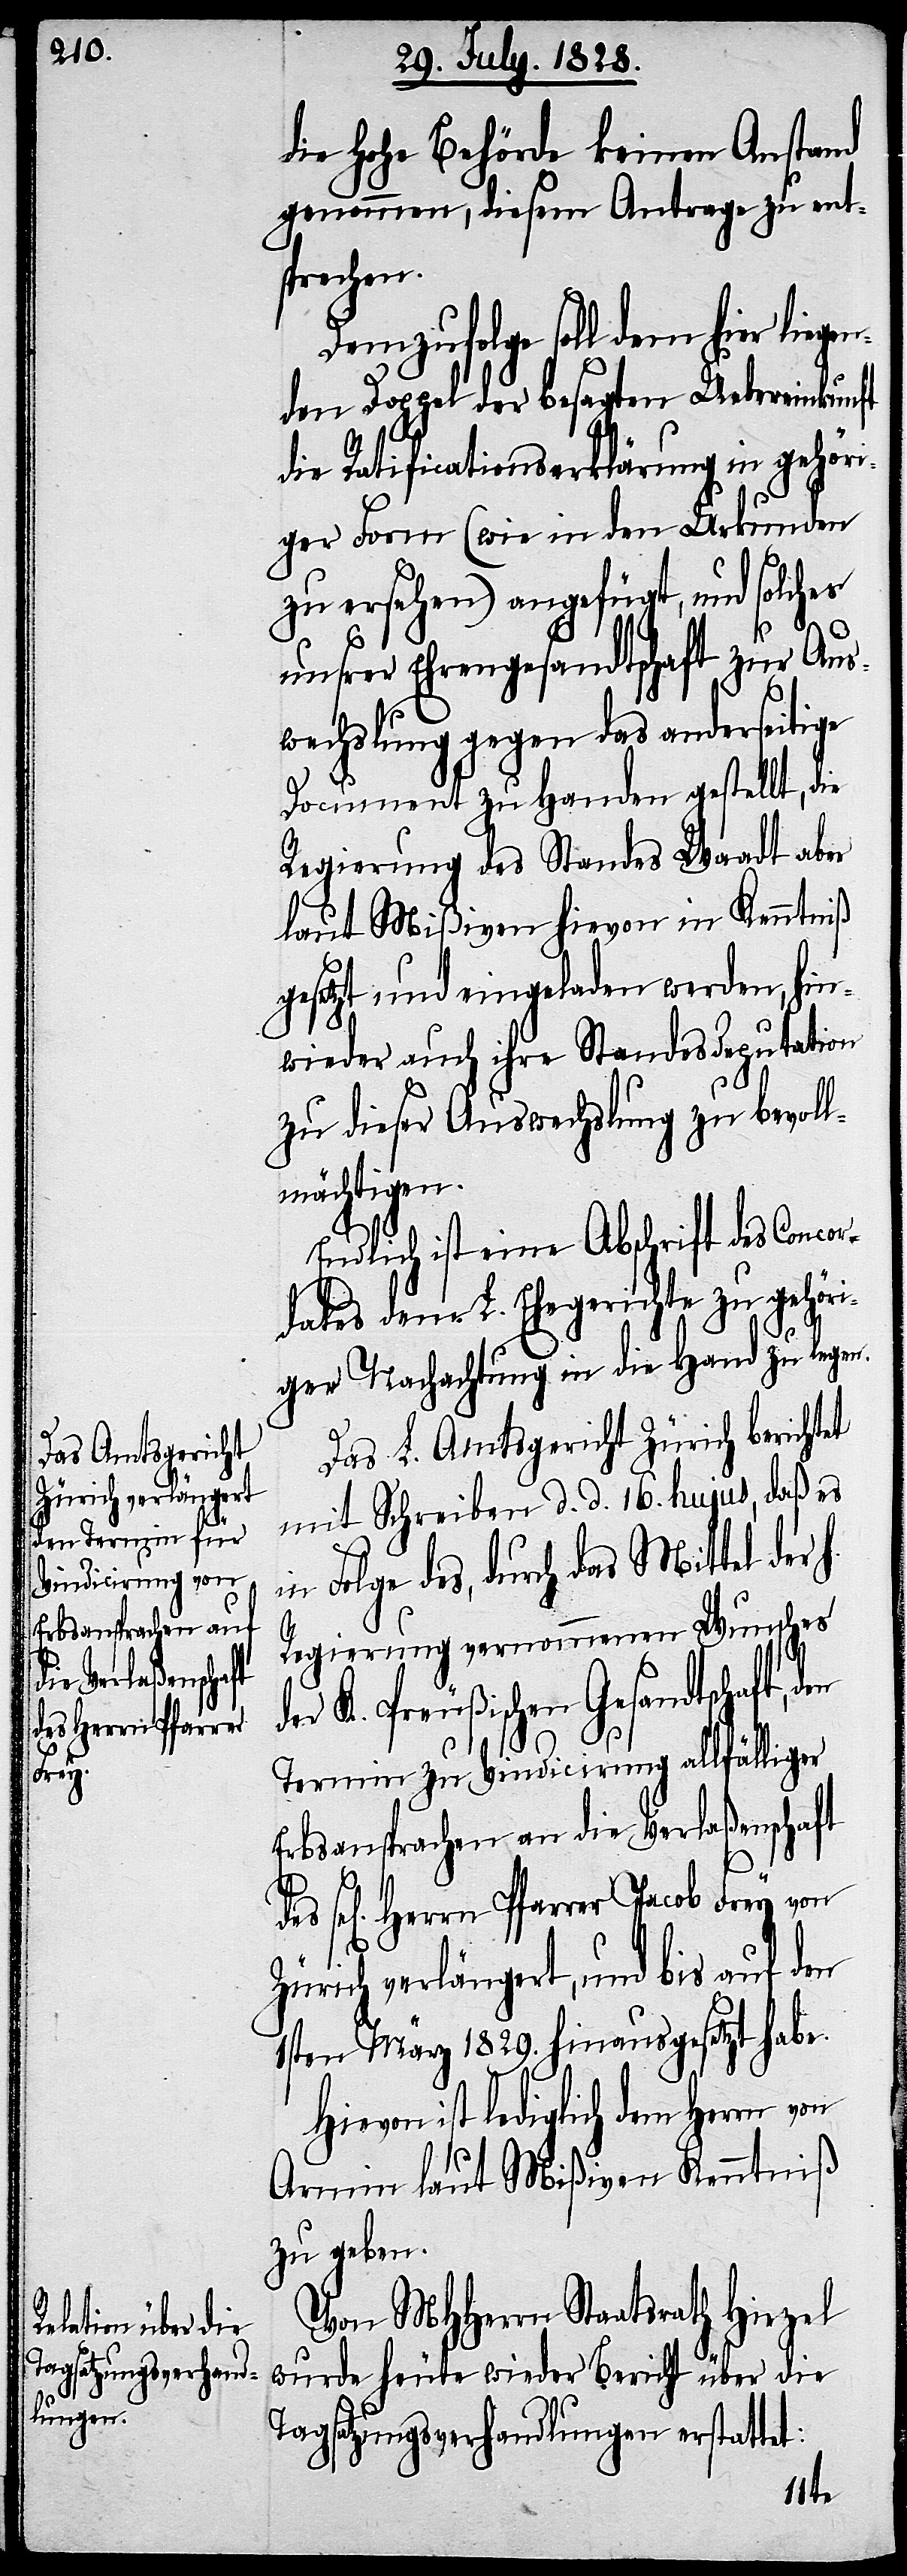
die Hohe Behörde keinen Anstand
genommen, diesem Antrage zu ent¬
sprechen.
Demzufolge soll dem hier liege¬
nden Doppel der besagten Uebereinkunft
die Ratificationserklärung in gehöri¬
ger Form (wie in den Urkunden
zu ersehen) angefügt, und solches
unsrer Ehrengesandtschaft zur Aus¬
wechslung gegen das anderseitige
Document zu Handen gestellt, die
Regierung des Standes Waadt aber
laut Mißiven hievon in Kenntniß
gesetzt und eingeladen werden, hin¬
wieder auch ihre Standesdeputation
zu dieser Auswechslung zu bevoll¬
mächtigen.
Endlich ist eine Abschrift des Concor¬
dates dem L. Ehegerichte zu gehör¬
iger Nachachtung in die Hand zu legen.
Das L. Amtsgericht Zürich berichtet
mit Schreiben d. d. 16. hujus, daß es
in Folge des, durch das Mittel der
Regierung vernommenen Wunsches
er K. Preußischen Gesandtschaft,
Termin zu Vindicirung allfälliger
Erbsansprachen an die Verlaßenschaft
des
sel[igen] Herrn Pfarrer Jacob Frey von
Zürich verlängert, und bis auf den
1sten März 1829. hinausgesetzt habe.
Hievon ist lediglich dem Herrn von
Armin laut Mißiven Kenntniß
zu geben.
Von MHHerrn Staatsrath Hirzel
wurde heute wieder Bericht über die
Tagsatzungsverhandlungen erstattet: